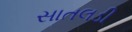
સાતલડી